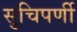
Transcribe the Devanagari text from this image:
सुचिपर्णी